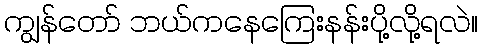
ကျွန်တော် ဘယ်ကနေကြေးနန်းပို့လို့ရလဲ။